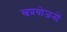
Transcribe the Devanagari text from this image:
स्वप्रयोजनों